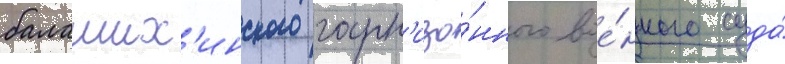
балаших'инского гарн'изо́нного вое́нного суда́